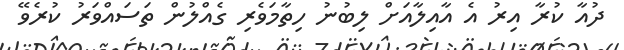
ދުއާ ކުރާ އިރު އެ އާއިލާއަށް ލިބުނު ހިތާމަވެރި ގެއްލުން ތަސައްވަރު ކުރެވޭ